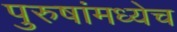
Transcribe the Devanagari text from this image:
पुरुषांमध्येच